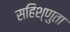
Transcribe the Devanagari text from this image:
सहिश्णुता